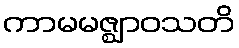
ကာမမဇ္ဈာဝသတိ